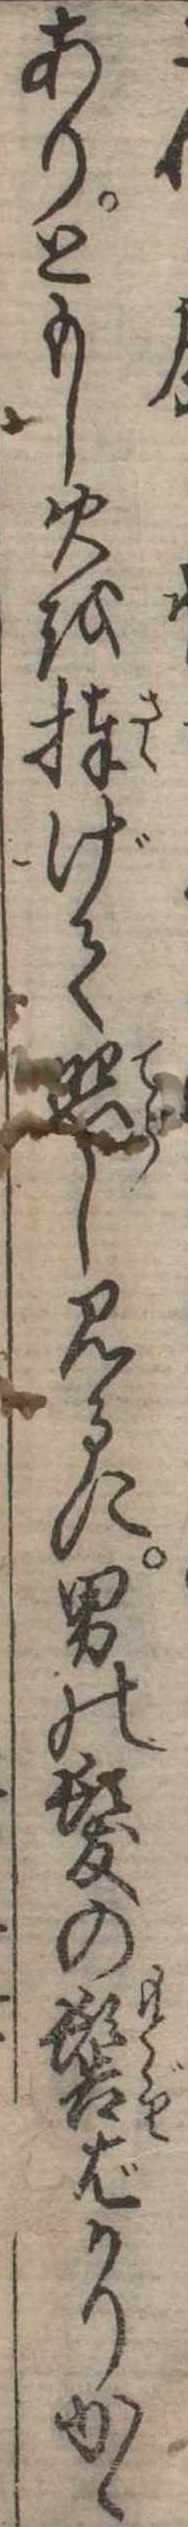
ありともし火を捧げて照し見るに男の髪の髻ばかりかゝ